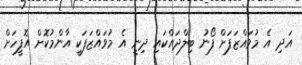
އަދި އެ މުވައްޒަފަށް ފޯނު ބިލްދައްކައި ދިނީ އެ މުވައްޒަފަކީ އާންމުކޮށް އޮފީހަށް